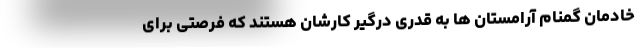
خادمان گمنام آرامستان ها به قدری درگیر کارشان هستند که فرصتی برای